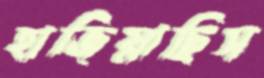
হাজিয়াছিস